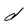
Character: d